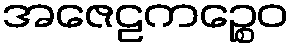
အဇေဠကဉ္စေဝ